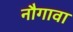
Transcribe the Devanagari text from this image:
नौगावा